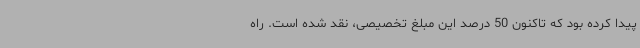
پیدا کرده بود که تاکنون 50 درصد این مبلغ تخصیصی، نقد شده است. راه